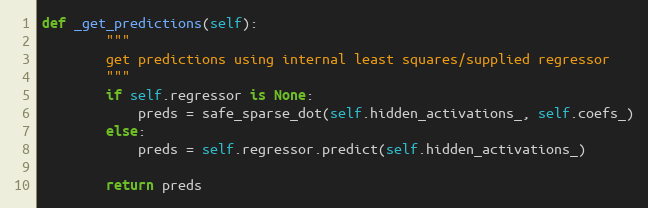
Language: Python
def _get_predictions(self):
        """
        get predictions using internal least squares/supplied regressor
        """
        if self.regressor is None:
            preds = safe_sparse_dot(self.hidden_activations_, self.coefs_)
        else:
            preds = self.regressor.predict(self.hidden_activations_)

        return preds